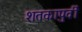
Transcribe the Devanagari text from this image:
शतकापुर्वी